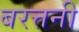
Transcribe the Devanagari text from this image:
बरत्तनी